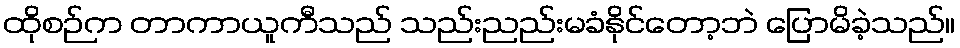
ထိုစဉ်က တာကာယူကီသည် သည်းညည်းမခံနိုင်တော့ဘဲ ပြောမိခဲ့သည်။